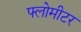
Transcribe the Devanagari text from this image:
फ्लोमीटर